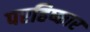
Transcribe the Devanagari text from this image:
परहिष्कार